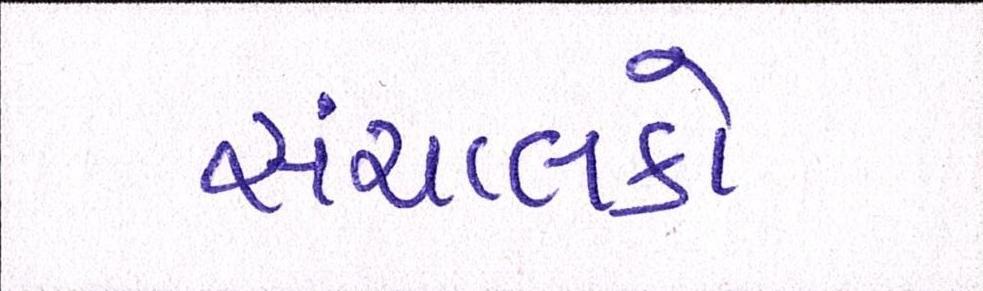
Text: સંચાલકો